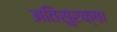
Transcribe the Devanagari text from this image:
अतिसुरक्षा